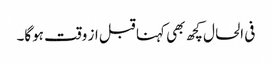
فی الحال کچھ بھی کہنا قبل از وقت ہوگا۔